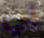
بي